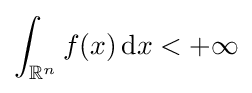
\int _{\mathbb {R} ^{n}}f(x)\,\mathrm {d} x<+\infty